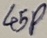
Text: 45P